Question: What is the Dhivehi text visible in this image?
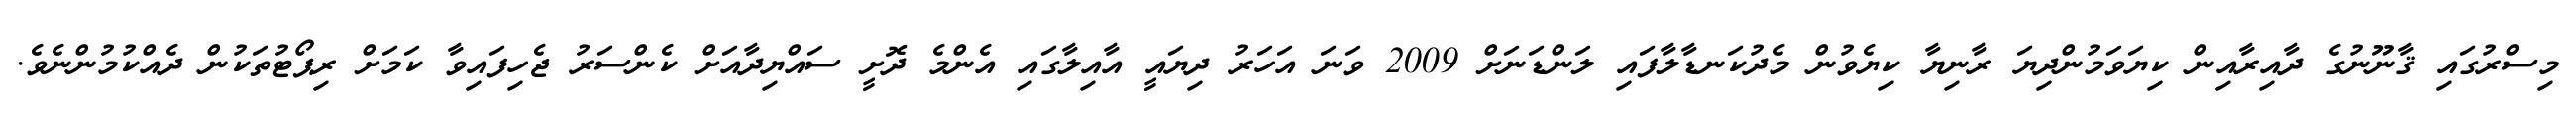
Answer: މިސްރުގައި ޤާނޫނުގެ ދާއިރާއިން ކިޔަވަމުންދިޔަ ރާނިޔާ ކިޔެވުން މެދުކަނޑާލާފައި ލަންޑަނަށް 2009 ވަނަ އަހަރު ދިޔައީ އާއިލާގައި އެންމެ ދޮށީ ސައްޔިދާއަށް ކެންސަރު ޖެހިފައިވާ ކަމަށް ރިޕޯޓުތަކުން ދެއްކުމުންނެވެ.